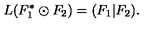
L ( F _ { 1 } ^ { * } \odot F _ { 2 } ) = ( F _ { 1 } | F _ { 2 } ) .